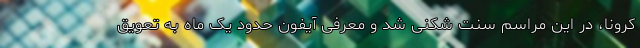
کرونا، در این مراسم سنت شکنی شد و معرفی آیفون حدود یک ماه به تعویق